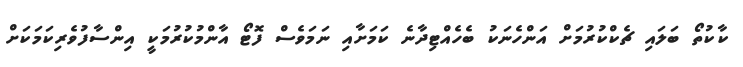
ކާކުތޯ ބަލައި ޗެކްކުރުމަށް އަންހެނަކު ބެހެއްޓިދާނެ ކަމަށާއި ނަމަވެސް ފޮޓޯ އާންމުކުރުމަކީ އިންސާފުވެރިކަމަކަށް